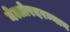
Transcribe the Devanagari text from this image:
नेल्लोरदरम्यान